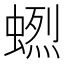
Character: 𧏲